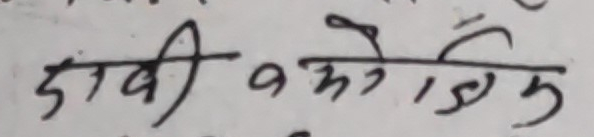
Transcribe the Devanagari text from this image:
दाबी बमोजिम